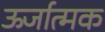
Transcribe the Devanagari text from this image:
ऊर्जात्मक